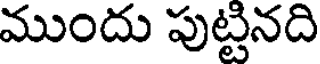
ముందు పుట్టినది